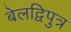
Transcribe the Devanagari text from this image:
बेलद्विपुत्र